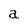
Character: a